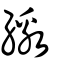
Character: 繳